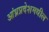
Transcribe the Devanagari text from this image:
आंध्रप्रदेशमधील